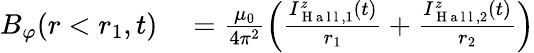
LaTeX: \begin{array}{rl}{B_{\varphi}(r<r_{1},t)}&{{}=\frac{\mu_{0}}{4\pi^{2}}\Big(\frac{I_{\mathrm{~H~a~l~l~},1}^{z}(t)}{r_{1}}+\frac{I_{\mathrm{~H~a~l~l~},2}^{z}(t)}{r_{2}}\Big)}\end{array}